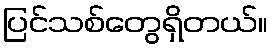
ပြင်သစ်တွေရှိတယ်။